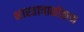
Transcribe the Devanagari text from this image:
भारताचाकोकण